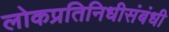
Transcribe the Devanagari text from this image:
लोकप्रतिनिधीसंबंधी